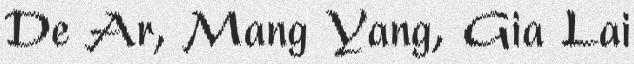
De Ar, Mang Yang, Gia Lai